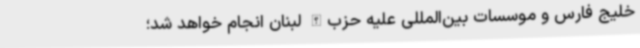
خلیج فارس و موسسات بین‌المللی علیه حزب‌الله لبنان انجام خواهد شد؛